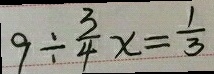
9 \div \frac { 3 } { 4 } x = \frac { 1 } { 3 }